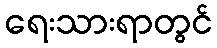
ရေးသားရာတွင်